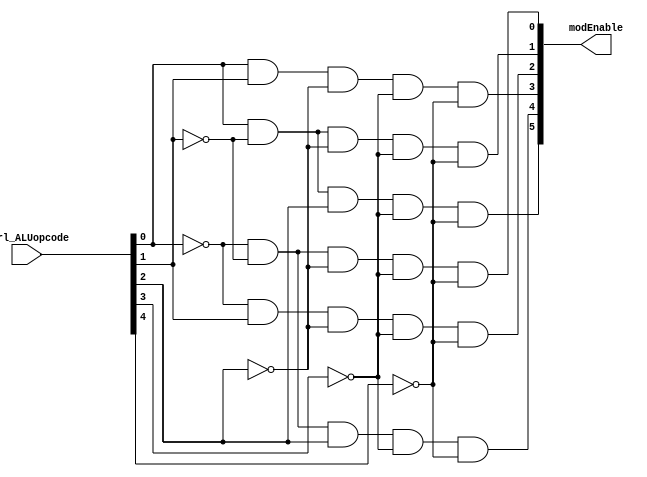
module translateOpcode(ctrl_ALUopcode, modEnable);

	input [4:0] ctrl_ALUopcode;
	output [5:0] modEnable;
	
	// 6 bits for 6 opcodes --> use logic to set the bit values
	
	wire [4:0] notOP;
	not	not0(notOP[0], ctrl_ALUopcode[0]);
	not	not1(notOP[1], ctrl_ALUopcode[1]);
	not	not2(notOP[2], ctrl_ALUopcode[2]);
	not	not3(notOP[3], ctrl_ALUopcode[3]);
	not	not4(notOP[4], ctrl_ALUopcode[4]);
	
	and	ADD(modEnable[0], notOP[0], notOP[1], notOP[2], notOP[3], notOP[4]);
	and	SUB(modEnable[1], ctrl_ALUopcode[0], notOP[1], notOP[2], notOP[3], notOP[4]);
	and	AND(modEnable[2], notOP[0], ctrl_ALUopcode[1], notOP[2], notOP[3], notOP[4]);
	and	OR(modEnable[3], ctrl_ALUopcode[0], ctrl_ALUopcode[1], notOP[2], notOP[3], notOP[4]);
	and	SLL(modEnable[4], notOP[0], notOP[1], ctrl_ALUopcode[2], notOP[3], notOP[4]);
	and	SRA(modEnable[5], ctrl_ALUopcode[0], notOP[1], ctrl_ALUopcode[2], notOP[3], notOP[4]);

endmodule